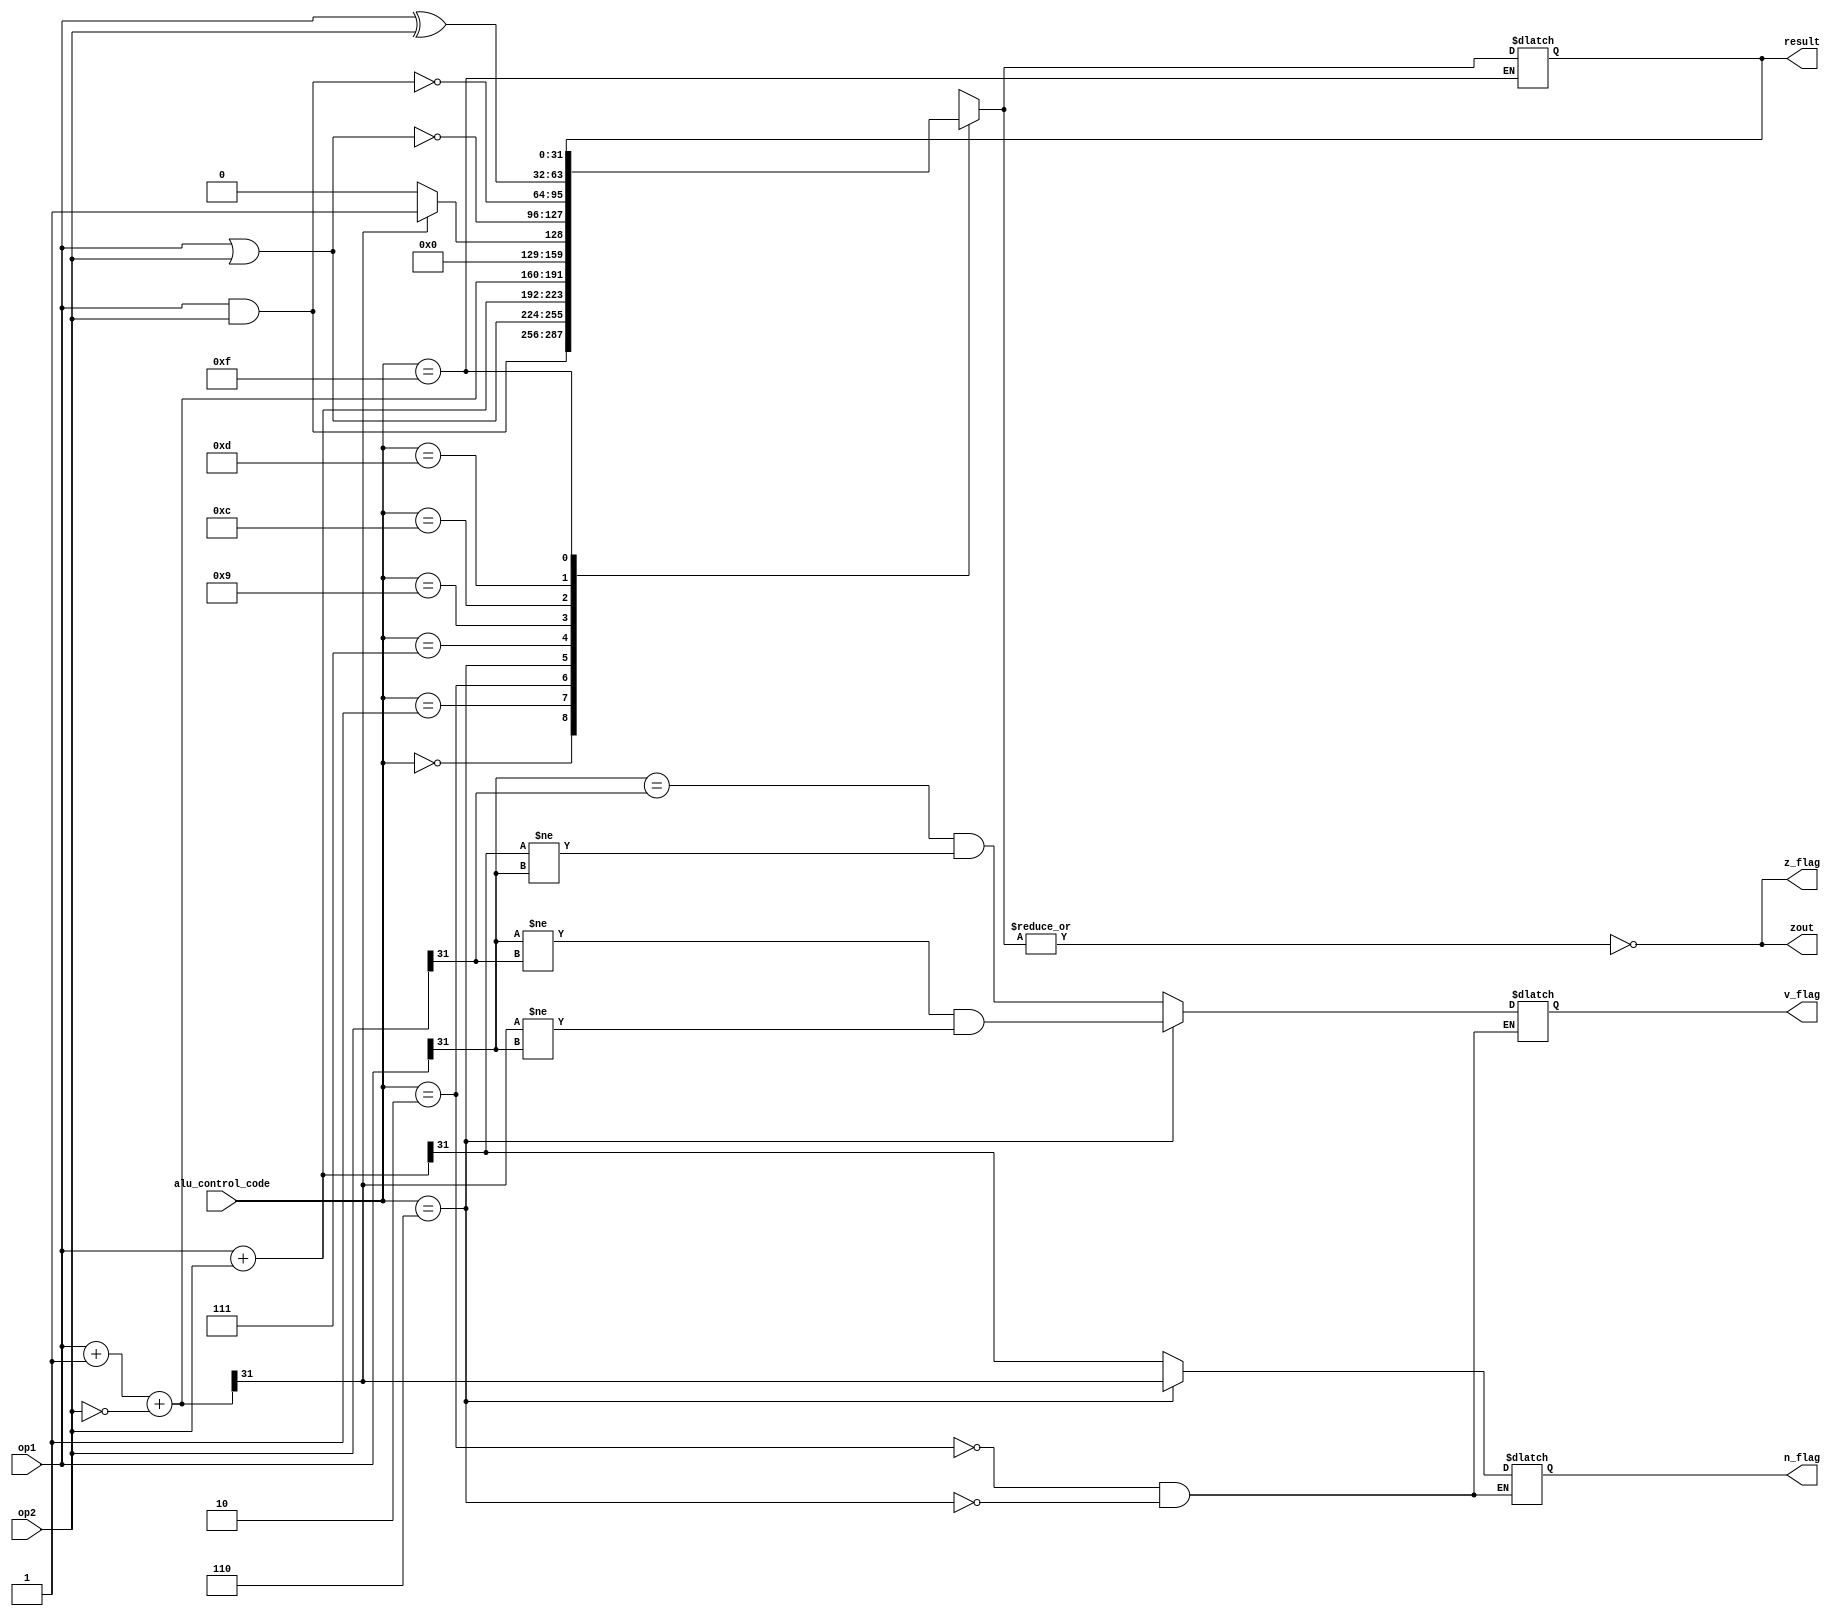
module alu32(
	result, // result of ALU [output]
	v_flag, // if result causes overflow [output]
	n_flag, // if result is negative [output]
	z_flag, // if result is zero [output]
	op1, // operand 1 [input]
	op2, // operand 2 [input]
	alu_control_code,
	zout // code from ALU controller [input]
);

input [31:0] op1, op2;
input [3:0] alu_control_code;

output [31:0] result;
output v_flag, n_flag, z_flag, zout;

reg [31:0] result;
reg [31:0] subtracted_value;
reg v_flag, n_flag, z_flag, zout;

always @(op1 or op2 or alu_control_code)
begin
	case(alu_control_code)
	// ALU Control Line = 0000 (AND)
	4'b0000: result = op1 & op2;

	// ALU Control Line = 0001 (OR)
	4'b0001: result = op1 | op2;

	// ALU Control Line = 0010 (ADD)
	4'b0010: begin
		result = op1 + op2;
		// update flags
		v_flag = (op1[31] == op2[31]) && (result[31] != op1[31]);
		n_flag = result[31];
	end

	// ALU Control Line = 0110 (SUB)
	4'b0110: begin
		result = op1 + 1 + (~op2);
		// update flags
		v_flag = (op1[31] != op2[31]) && (result[31] != op1[31]);
		n_flag = result[31];
	end

	// ALU Control Line = 0111 (set-on-less-than)
	4'b0111: begin
		subtracted_value = op1 + 1 + (~op2);
		if (subtracted_value[31]) result = 1;
		else result = 0;
	end

	// ALU Control Line = 1001 (NOR)
	4'b1001: result = ~(op1 | op2);

	// ALU Control Line = 1100 (NAND)
	4'b1100: result = ~(op1 & op2);
	
	// ALU Control Line = 1101 (XOR)
	4'b1101: result = op1 ^ op2;
	
	// ALU Control Line = 1111 (NOP)
	4'b1111: result = result;

	default: result=31'bx;
	endcase

	z_flag = ~(|result);
	zout = ~(|result);

end

endmodule